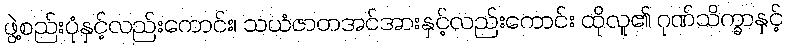
ဖွဲ့စည်းပုံနှင့်လည်းကောင်း၊ သယံဇာတအင်အားနှင့်လည်းကောင်း ထိုလူ၏ ဂုဏ်သိက္ခာနှင့်